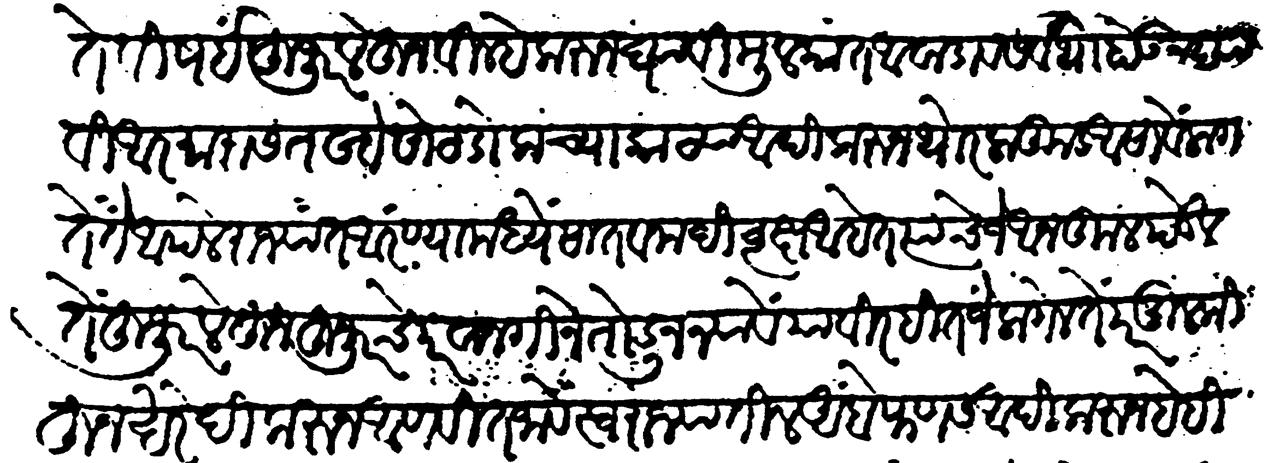
Transliteration (Devanagari): ते विषयीं हुजूर लेहून विल्हे करून घ्यावी मुलकांत आवाडाव सर्वथा होऊ न द्यावी आरमारास तख्ते सोट, डोलाच्या काठ्या आदि करून थोर लाकूड आसावे लागते ते आपले राज्यात अरण्यामध्यें सागवानादी वृक्ष आहेत त्याचें जे अनुकूल पडेल ते हुजूर लेहून हुजूरचे परवानगीने तोडून न्यावे याविरहीत जे लागेल ते पर मुलकीहून खरेदी करून आणवीत जावें स्वराज्यातील आंबे फणस आदिकरुन हे हि